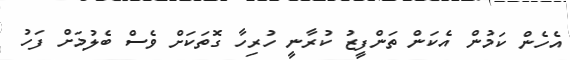
އެހެން ކަމުން އެކަން ތަންފީޒު ކުރާނީ ހުރިހާ ގޮތަކަށް ވެސް ބެލުމަށް ފަހު